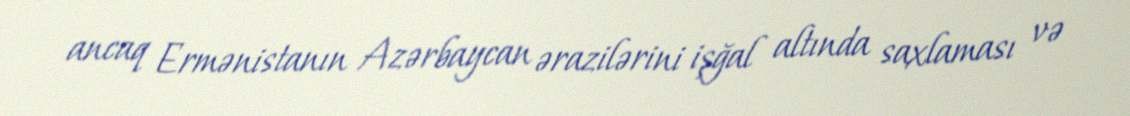
ancaq Ermənistanın Azərbaycan ərazilərini işğal altında saxlaması və